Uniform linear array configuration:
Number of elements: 8
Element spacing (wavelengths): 0.5
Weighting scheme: binomial
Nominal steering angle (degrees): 60
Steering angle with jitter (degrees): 59.152
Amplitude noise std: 0.05
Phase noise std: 0.05

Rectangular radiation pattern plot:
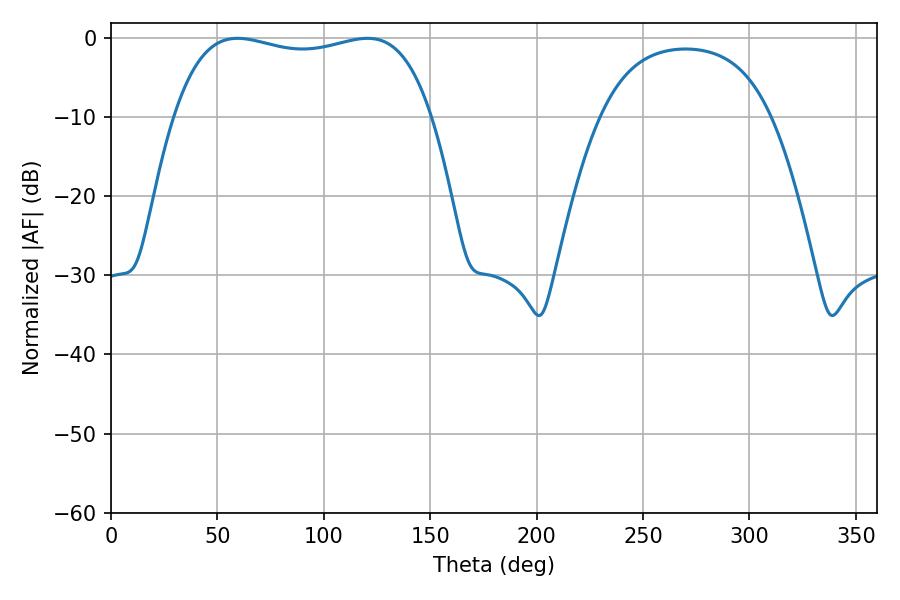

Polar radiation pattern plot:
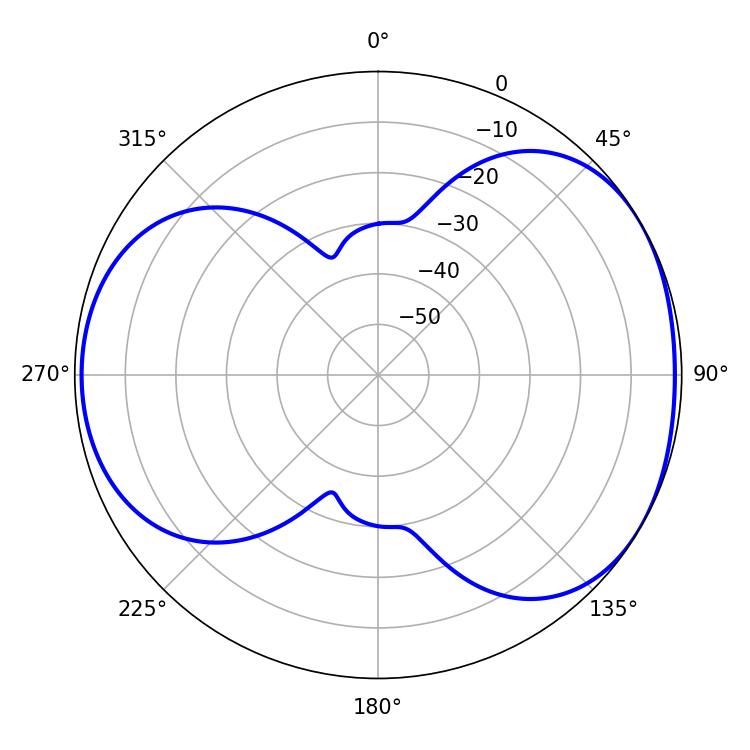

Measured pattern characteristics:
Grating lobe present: FALSE
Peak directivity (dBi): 4.607
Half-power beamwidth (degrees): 97.92
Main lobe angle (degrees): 59.4